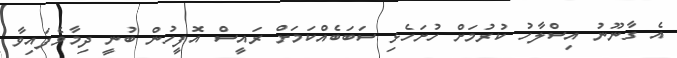
އެ ގާނޫނު އިސްލާހު ކުރުމަށް ހުށަހެޅި ސަބަބެއްކަމަށް ރައީސް އޮފީހުން ބުނީ ދިމާވެފައިވާ